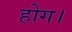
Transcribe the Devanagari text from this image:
होग।